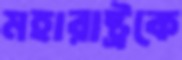
মহারাষ্ট্রকে